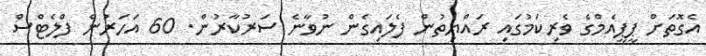
އެގޮތަށް ޕީޕީއެމްގެ ވެރިކަމުގައި ރައްޔިތުން ފެލައިގެން ނުވާނެ ސަރުކާރުން. 60 އަހަރުން ފްލެޓްސް